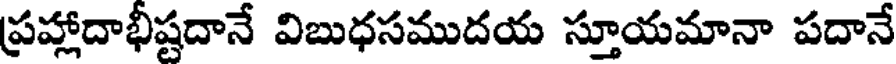
ప్రహ్లాదాభీష్టదానే విబుధసముదయ స్తూయమానా పదానే